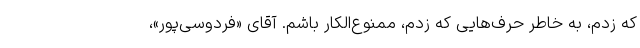
که زدم، به خاطر حرف‌هایی که زدم، ممنوع‌الکار باشم. آقای «فردوسی‌پور»،